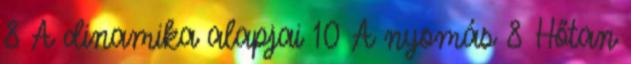
8 A dinamika alapjai 10 A nyomás 8 Hőtan